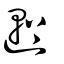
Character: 𨕭